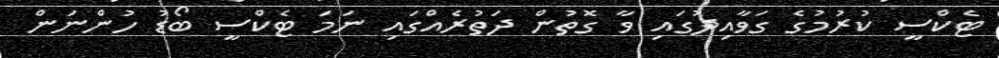
ޓެކްސީ ކުރުމުގެ ގަވާއިދުގައި ވާ ގޮތުން ދަތުރެއްގައި ނަމަ ޓެކްސީ ބޯޑު ހުންނަން